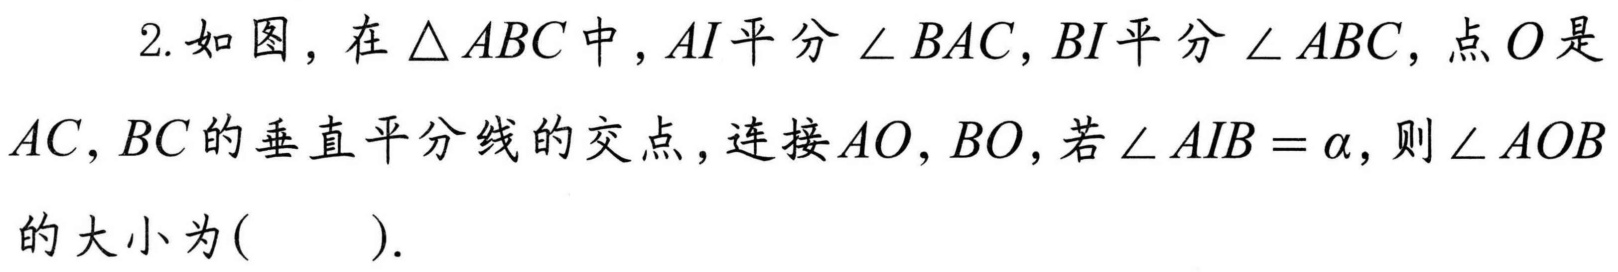
2. 如图，在$\triangle ABC$中，$AI$平分$\angle BAC$，$BI$平分$\angle ABC$，点$O$是$AC,BC$的垂直平分线的交点，连接$AO,BO$，若$\angle AIB = \alpha$，则$\angle AOB$的大小为(  ).